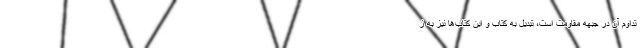
تداوم آن در جبهه مقاومت است، تبدیل به کتاب و این کتاب‌ها نیز به ز